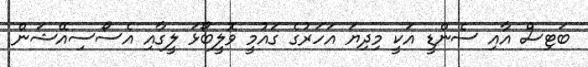
ބަޓިސް އާއި ސެންޑީ އަކީ މިދިޔަ އަހަރުގެ ގައުމީ ވޮލީބޯޅަ ލީގާއި އެސޯސިއޭޝަން